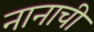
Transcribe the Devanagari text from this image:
नानाची